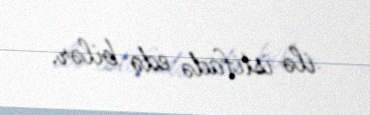
ilə istifadə edə bilər.